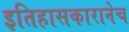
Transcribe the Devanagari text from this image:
इतिहासकारानेच